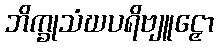
ဘိက္ခုသံဃပရိဗျူဠှော